Indian journal of veterinary science and animal husbandry - Volume 1,
Year: 1931
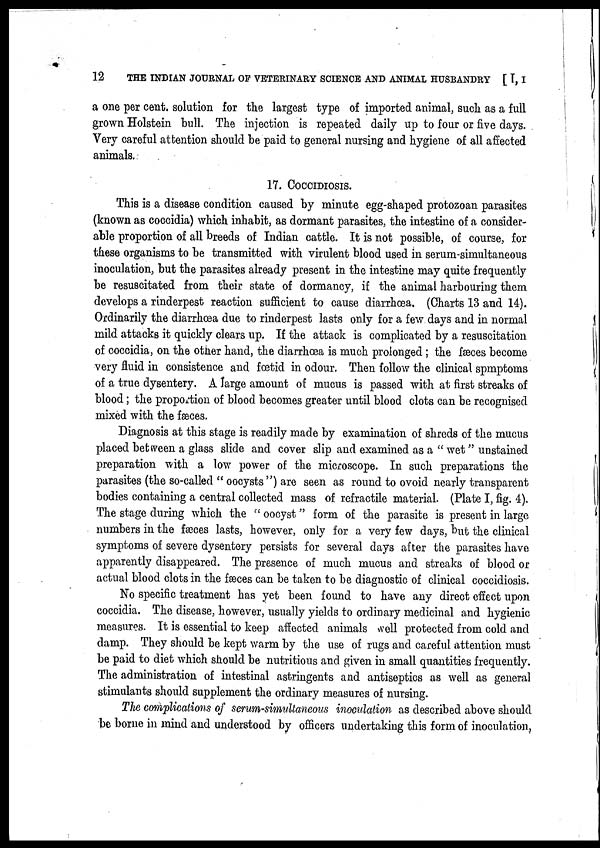
12
THE INDIAN JOURNAL OF VETERINARY SCIENCE AND ANIMAL HUSBANDRY [I, I
a one per cent. solution for the largest type of imported animal, such as a full
grown Holstein bull. The injection is repeated daily up to four or five days.
Very careful attention should be paid to general nursing and hygiene of all affected
animals.
17. COCCIDIOSIS.
This is a disease condition caused by minute egg-shaped protozoan parasites
(known as coccidia) which inhabit, as dormant parasites, the intestine of a consider-
able proportion of all breeds of Indian cattle. It is not possible, of course, for
these organisms to be transmitted with virulent blood used in serum-simultaneous
inoculation, but the parasites already present in the intestine may quite frequently
be resuscitated from their state of dormancy, if the animal harbouring them
develops a rinderpest reaction sufficient to cause diarrhœa. (Charts 13 and 14).
Ordinarily the diarrhœa due to rinderpest lasts only for a few days and in normal
mild attacks it quickly clears up. If the attack is complicated by a resuscitation
of coccidia, on the other hand, the diarrhœa is much prolonged ; the fæces become
very fluid in consistence and fœtid in odour. Then follow the clinical spmptoms
of a true dysentery. A large amount of mucus is passed with at first streaks of
blood; the proportion of blood becomes greater until blood clots can be recognised
mixed with the fæces.
Diagnosis at this stage is readily made by examination of shreds of the mucus
placed between a glass slide and cover slip and examined as a " wet " unstained
preparation with a low power of the microscope. In such preparations the
parasites (the so-called " oocysts ") are seen as round to ovoid nearly transparent
bodies containing a central collected mass of refractile material. (Plate I, fig. 4).
The stage during which the " oocyst " form of the parasite is present in large
numbers in the fæces lasts, however, only for a very few days, but the clinical
symptoms of severe dysentery persists for several days after the parasites have
apparently disappeared. The presence of much mucus and streaks of blood or
actual blood clots in the fæces can be taken to be diagnostic of clinical coccidiosis.
No specific treatment has yet been found to have any direct effect upon
coccidia. The disease, however, usually yields to ordinary medicinal and hygienic
measures. It is essential to keep affected animals well protected from cold and
damp. They should be kept warm by the use of rugs and careful attention must
be paid to diet which should be nutritious and given in small quantities frequently.
The administration of intestinal astringents and antiseptics as well as general
stimulants should supplement the ordinary measures of nursing.
The complications of serum-simultaneous inoculation as described above should
be borne in mind and understood by officers undertaking this form of inoculation,